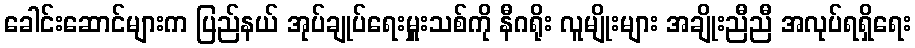
ခေါင်းဆောင်များက ပြည်နယ် အုပ်ချုပ်ရေးမှူးသစ်ကို နီဂရိုး လူမျိုးများ အချိုးညီညီ အလုပ်ရရှိရေး